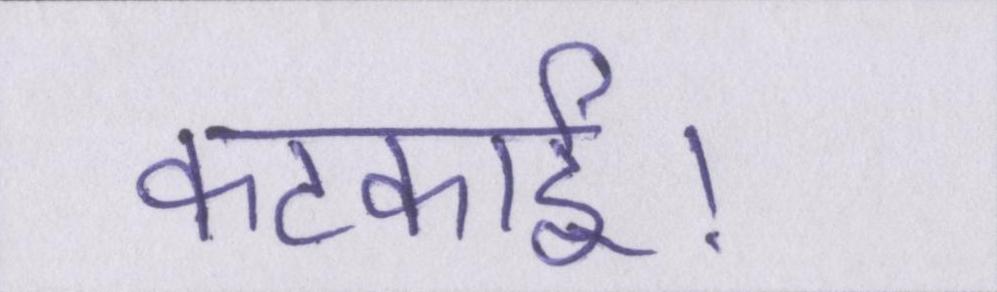
कटकाई।